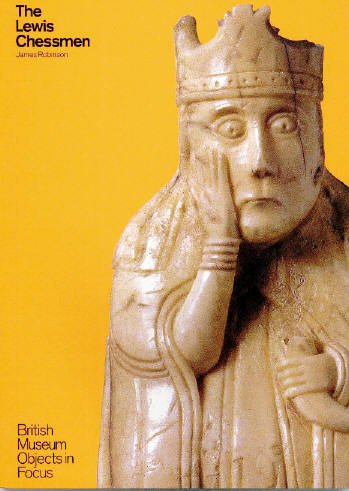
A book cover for The Lewis Chessmen (Objects in Focus); J. Robinson; Crafts, Hobbies & Home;